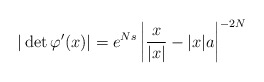
\begin{align*}|\det \varphi'(x)|= e^{Ns}\left|\frac{x}{|x|} -|x|a\right|^{-2N}\end{align*}